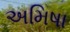
અમિષા